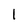
Character: l